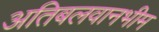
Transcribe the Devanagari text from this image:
अतिबलवानभीम